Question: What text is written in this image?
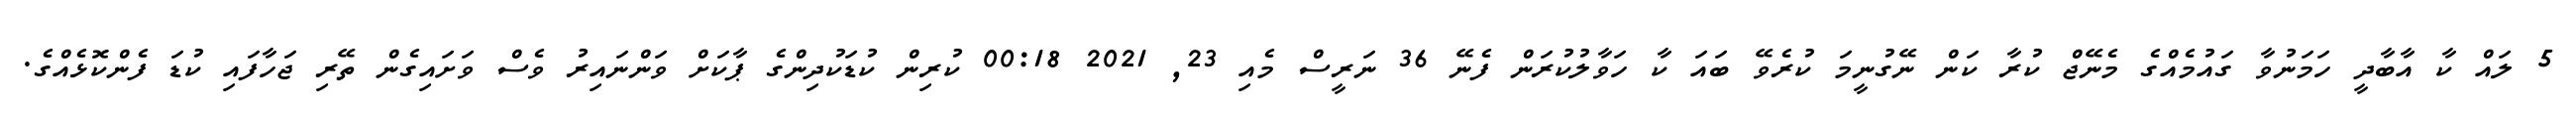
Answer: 5 ލައް ކާ އާބާދީ ހަމަނުވާ ގައުމެއްގެ މެނޭޖް ކުރާ ކަން ނޭގުނީމަ ކުރެވޭ ބައަ ކާ ހަވާލުކުރަން ފެނޭ 36 ނަރީސް މެއި 23, 2021 00:18 ކުރިން ކުޑަކުދިންގެ ޕާކަށް ވަންނައިރު ވެސް ވަށައިގެން ތޭރި ޖަހާފައި ކުޑަ ފެންކޮޅެއްގެ.